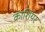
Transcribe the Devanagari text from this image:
कार्शियर